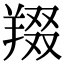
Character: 䍳